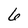
Character: 6